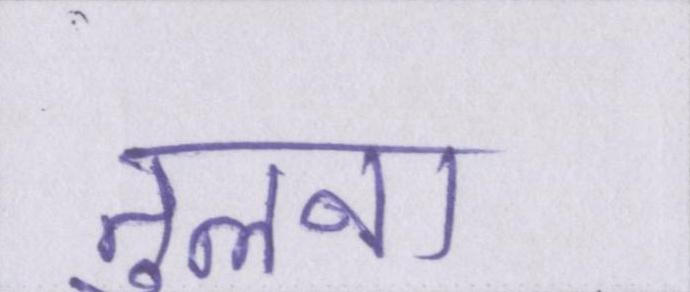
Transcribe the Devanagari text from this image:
तुलना